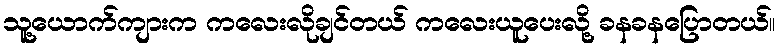
သူ့ယောက်ကျားက ကလေးလိုချင်တယ် ကလေးယူပေးလို့ ခနခနပြောတယ်။